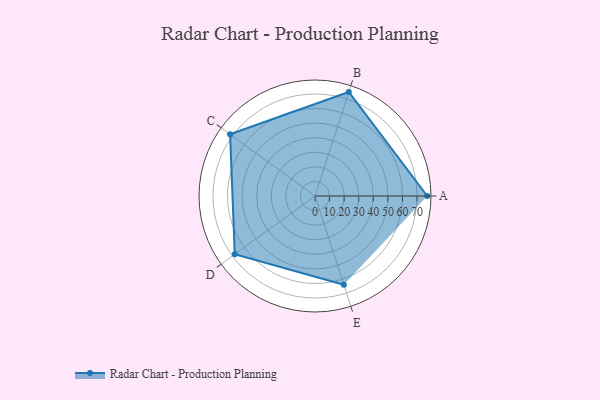
{"axis": {"x": "Skill", "y": "Score"}, "legend": ["Profile"], "data": [{"x": "A", "y": 77.0, "type": "Profile"}, {"x": "B", "y": 75.0, "type": "Profile"}, {"x": "C", "y": 72.0, "type": "Profile"}, {"x": "D", "y": 68.0, "type": "Profile"}, {"x": "E", "y": 64.0, "type": "Profile"}]}